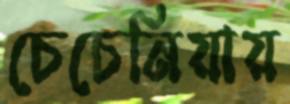
চেচেনিয়ায়